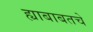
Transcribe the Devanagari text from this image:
ह्याबाबतचे